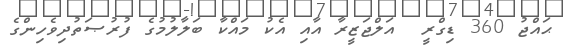
ޙައްޖު 360 ޑިގްރީ  އަލްޖަޒީރާ އާއި އެކު މައްކާ ބަލާލުމުގެ ފުރުޞަތުދިވެހިންގެ